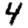
Digit: 4